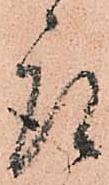
取